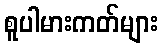
စူပါမားကတ်များ